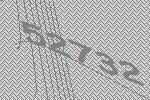
52732